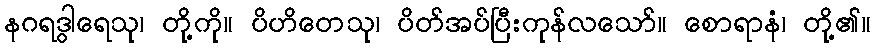
နဂရဒွါရေသု၊ တို့ကို။ ပိဟိတေသု၊ ပိတ်အပ်ပြီးကုန်လသော်။ စောရာနံ၊ တို့၏။